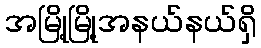
အမြို့မြို့အနယ်နယ်ရှိ